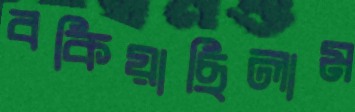
বকিয়াছিলাম